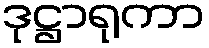
ဒုဋ္ဌာရုကာ